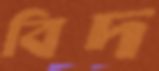
বিদ